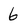
Character: 6